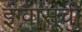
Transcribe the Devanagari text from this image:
इग्वासूची